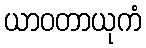
ယာဝတာယုကံ